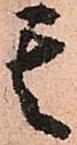
其